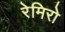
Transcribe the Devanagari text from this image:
रेमिरो